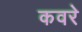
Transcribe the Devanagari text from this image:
कवरे